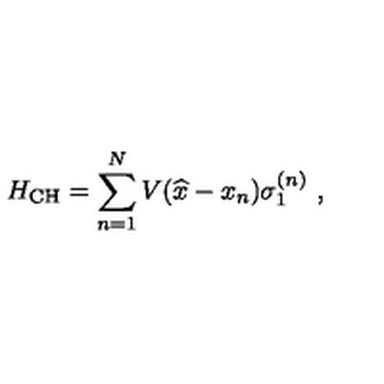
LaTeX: H _ { \mathrm { C H } } = \sum _ { n = 1 } ^ { N } V ( \widehat { x } - x _ { n } ) \sigma _ { 1 } ^ { ( n ) } \ ,